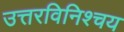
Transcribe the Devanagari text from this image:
उत्तरविनिश्चय